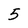
Character: 5